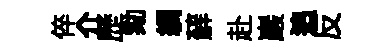
倅介歷劾綢蘚赴巖追反